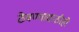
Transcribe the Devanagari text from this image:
ठेवण्यासाठीही